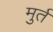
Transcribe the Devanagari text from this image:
मुर्त